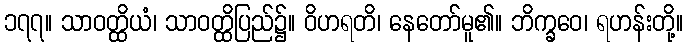
၁၇၇။ သာဝတ္ထိယံ၊ သာဝတ္ထိပြည်၌။ ဝိဟရတိ၊ နေတော်မူ၏။ ဘိက္ခဝေ၊ ရဟန်းတို့။